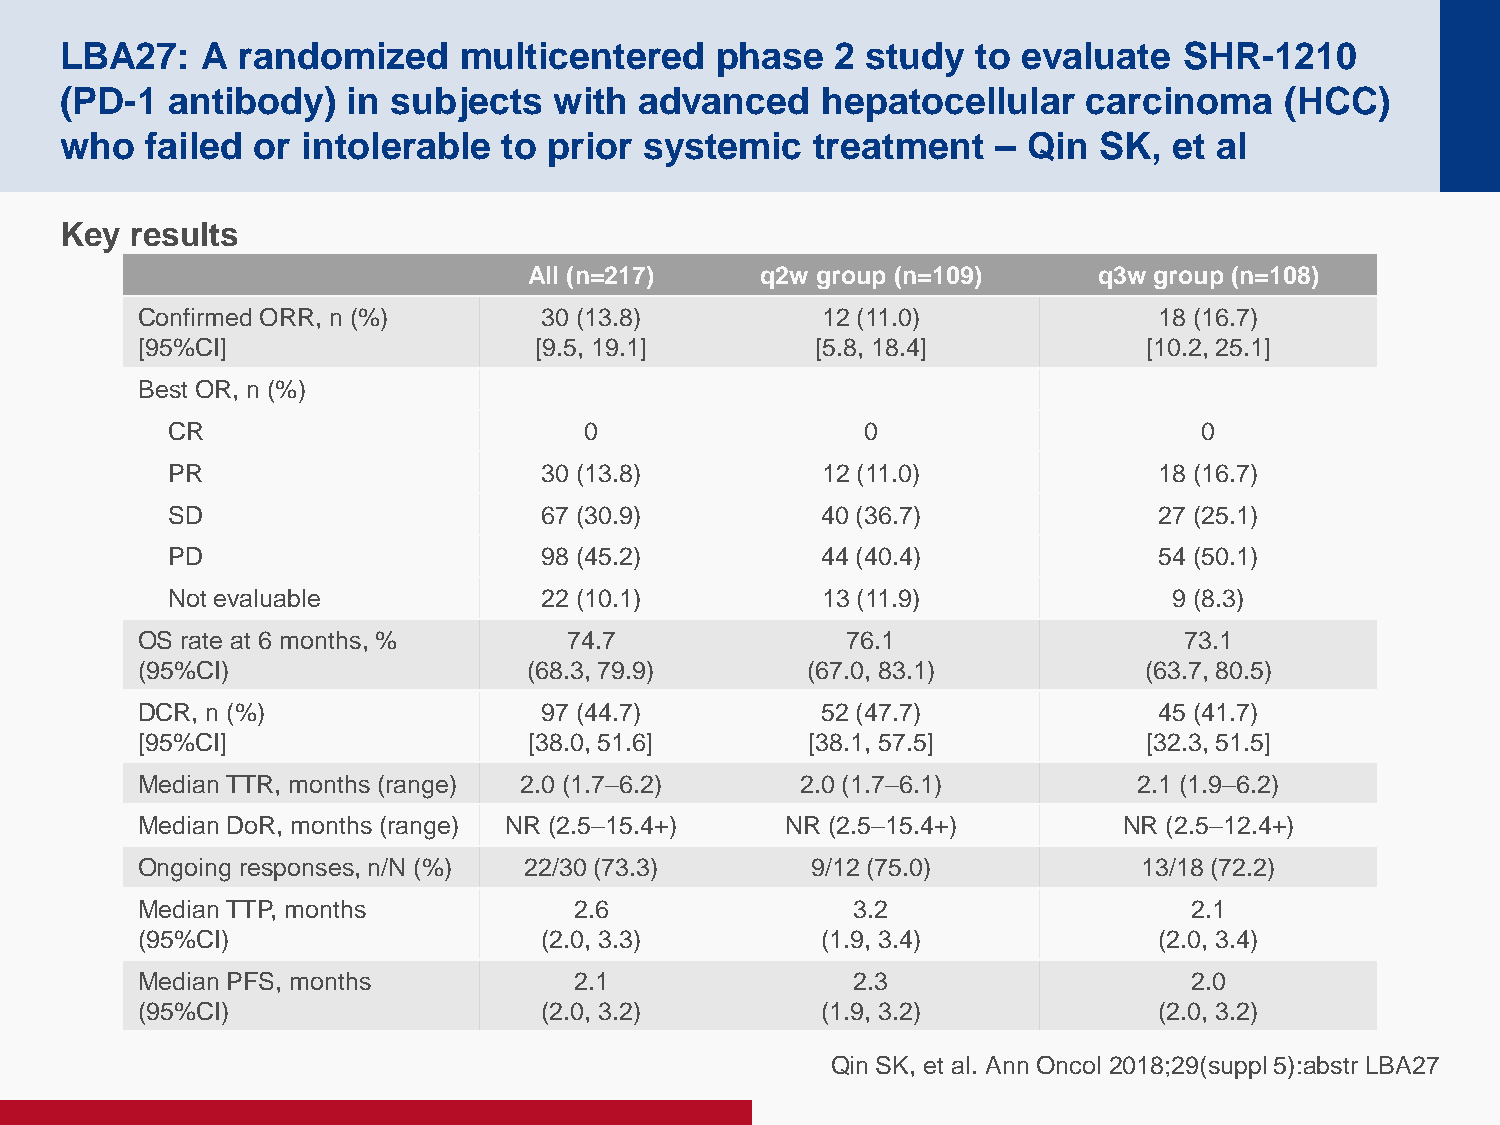
LBA27:   A  randomized    multicentered    phase   2 study   to evaluate  SHR-1210
 (PD-1  antibody)   in subjects   with advanced    hepatocellular    carcinoma    (HCC)
 who   failed or intolerable  to prior  systemic   treatment   – Qin  SK,  et al
 Key  results
 All (n=217)    q2w group (n=109)      q3w group (n=108)
 Confirmed ORR, n (%)       30 (13.8)         12 (11.0)              18 (16.7)
 [95%CI]                   [9.5, 19.1]        [5.8, 18.4]           [10.2, 25.1]
 Best OR, n (%)
 CR                          0                 0                      0
 PR                       30 (13.8)         12 (11.0)              18 (16.7)
 SD                       67 (30.9)         40 (36.7)              27 (25.1)
 PD                       98 (45.2)         44 (40.4)              54 (50.1)
 Not evaluable            22 (10.1)         13 (11.9)               9 (8.3)
 OS rate at 6 months, %       74.7              76.1                  73.1
 (95%CI)                   (68.3, 79.9)      (67.0, 83.1)           (63.7, 80.5)
 DCR, n (%)                 97 (44.7)         52 (47.7)              45 (41.7)
 [95%CI]                   [38.0, 51.6]       [38.1, 57.5]          [32.3, 51.5]
 Median TTR, months (range) 2.0 (1.7–6.2)    2.0 (1.7–6.1)         2.1 (1.9–6.2)
 Median DoR, months (range) NR (2.5–15.4+)  NR (2.5–15.4+)        NR (2.5–12.4+)
 Ongoing responses, n/N (%) 22/30 (73.3)      9/12 (75.0)           13/18 (72.2)
 Median TTP, months           2.6                3.2                   2.1
 (95%CI)                    (2.0, 3.3)        (1.9, 3.4)             (2.0, 3.4)
 Median PFS, months           2.1                2.3                   2.0
 (95%CI)                    (2.0, 3.2)        (1.9, 3.2)             (2.0, 3.2)
 Qin SK, et al. Ann Oncol 2018;29(suppl 5):abstr LBA27